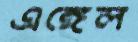
এঙ্গেল